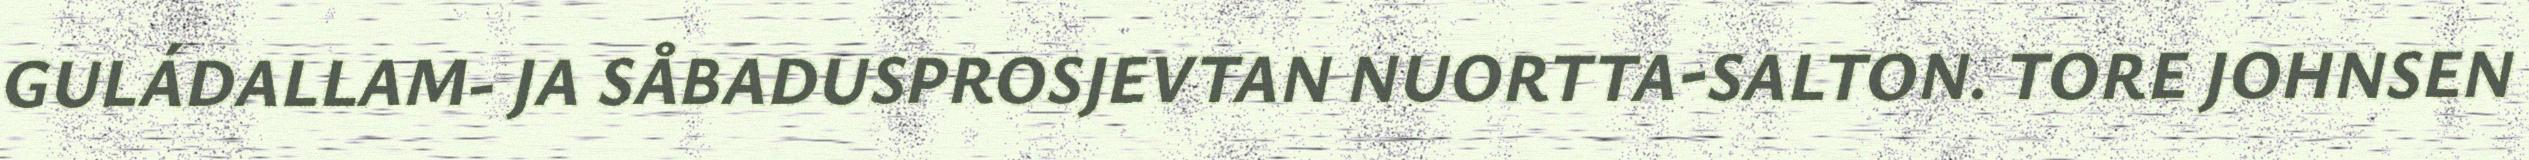
GULÁDALLAM- JA SÅBADUSPROSJEVTAN NUORTTA-SALTON. TORE JOHNSEN